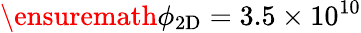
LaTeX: \ensuremath{\phi_{\mathrm{2D}}}=3.5\times 10^{10}